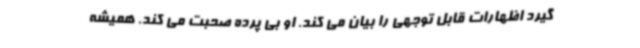
گیرد اظهارات قابل توجهی را بیان می کند. او بی پرده صحبت می کند. همیشه